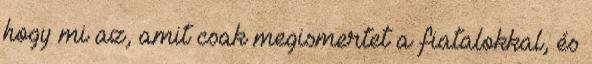
hogy mi az, amit csak megismertet a fiatalokkal, és